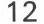
12